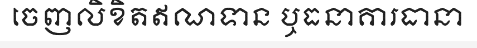
ចេញលិខិតឥណទាន ឬធនាគារធានា